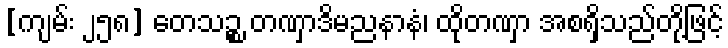
[ကျမ်း ၂၅၈] တေသဉ္စ တဏှာဒိမညနာနံ၊ ထိုတဏှာ အစရှိသည်တို့ဖြင့်